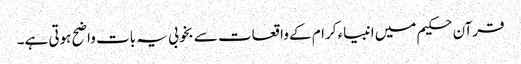
قرآن حکیم میں انبیاء کرام کے واقعات سے بخوبی یہ بات واضح ہوتی ہے۔